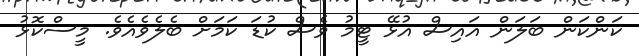
ކަންކަން ބަލަން އައިސް އުޅޭ ޓީމު ވެސް ކުޑަ ކަމަށް ބެލެވެއެވެ. މީސްކޮޅު